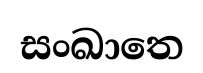
සංඛාතෙ